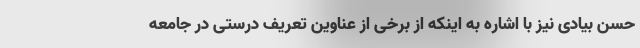
حسن بیادی نیز با اشاره به اینکه از برخی از عناوین تعریف درستی در جامعه